kultuurilooline_kollektsioon, lk 18
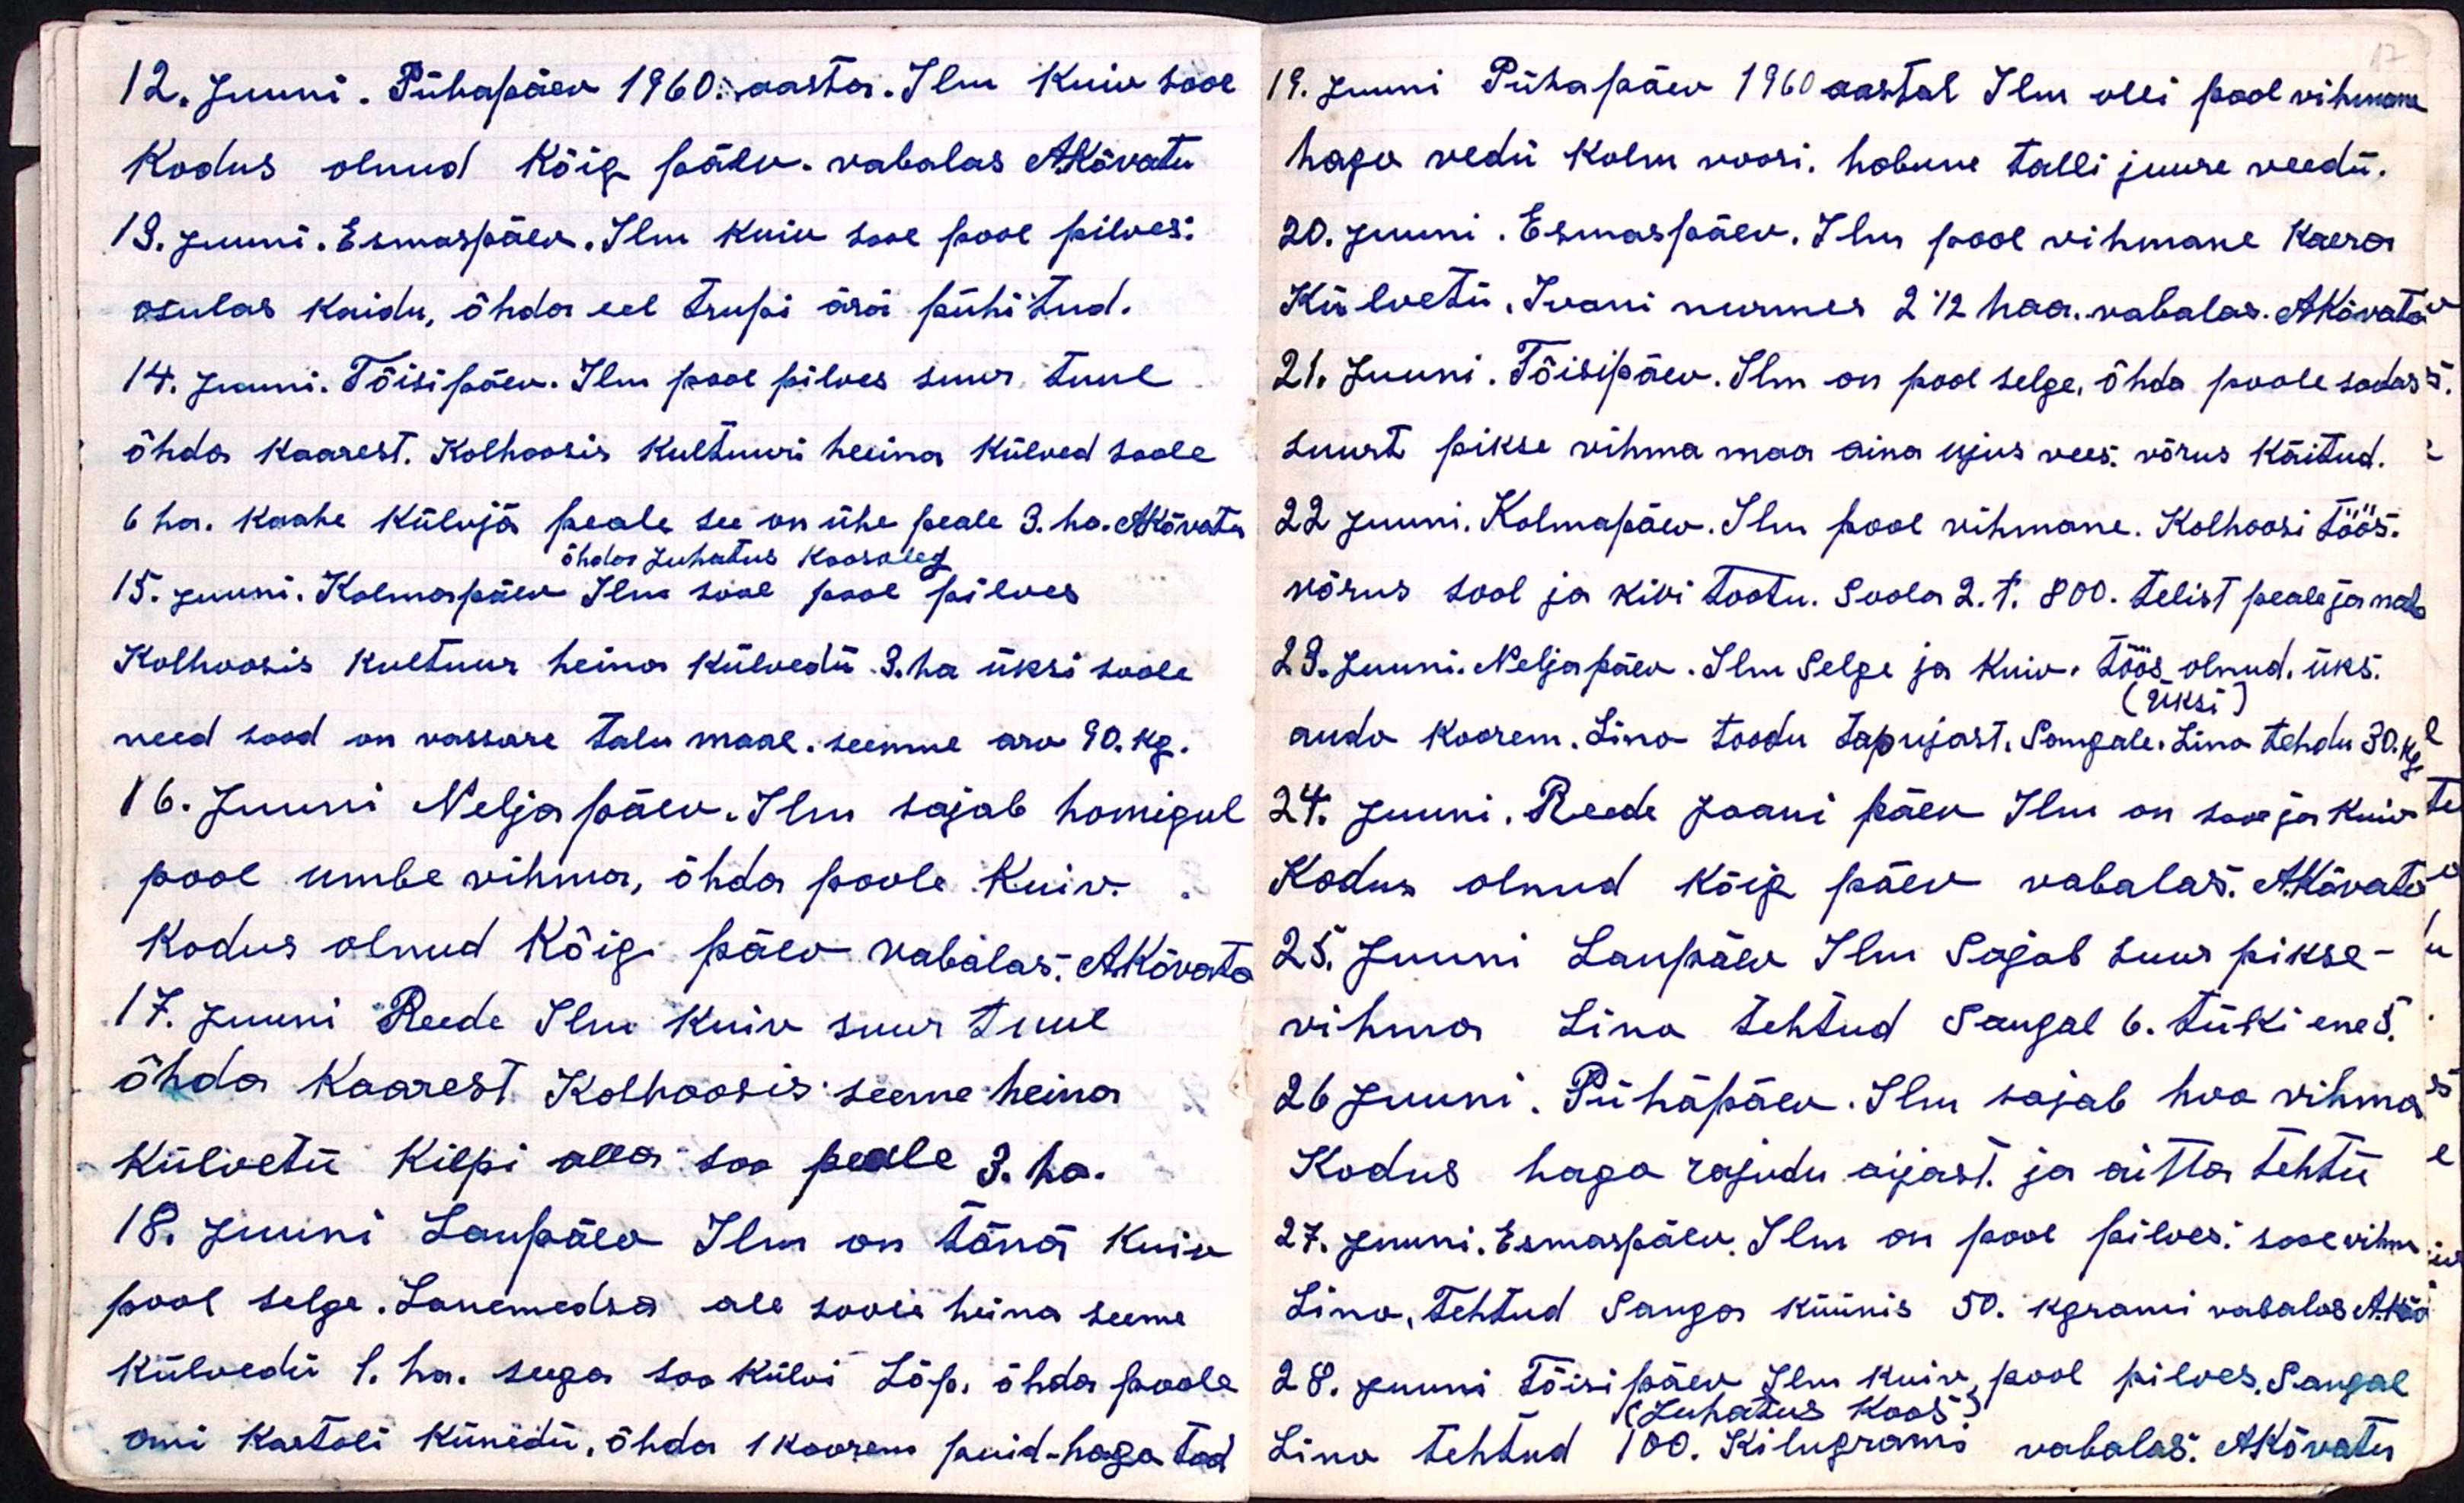
12. Juuni. Pühapäev 1960. aasta. Ilm Kuiv sooe
Kodus olnud kõig päev. vabalas AKõvatu
13. juuni. Esmaspäev. Ilm kuiv sooe pool pilves.
osulas kaidu, õhda eel trupi ärä pühitud.
14. Juuni. Tõisipäev. Ilus pool pilves suur tuul
õhda kaarest. Kolhoosis Kultuuri heina külved soole
6 ha. kaahe külvjä peale see on ühe peale 3. ha. AKõvatu
õhda juhatus koosoleg
15. Juuni. Kolmapäev Ilm sooe pool pilves
Kolhoosis kultuur heina külvedü 3. ha üksi soole
need sood on vassare talu maal. seemne arv 90. kg.
16. Juuni Neljapäev. Ilm sajab homigul
pool umbe vihma, õhda poole Kuiv.
kodus olnud kõig päev vabalas. AKõvato
17. Juuni Reede Ilm Kuiv suur tuul
õhda Kaarest Kolhoosis seeme heina
külvetü Kilpi alla soo peale 3. ha.
18. Juuni Laupäev Ilm on täna kuiv
pool selge. Lanemedsa all soole heina seeme
külvedü 1. ha. seega soo külvi Lõp. õhda poole
omi kartoli künedü, õhda 1 koorem puid-hago tod

17
19. Juuni Pühapäev 1960 aastal Ilm olli pool vihmane
hago vedü kolm voori, hobune talli juure veedü.
20. Juuni. Esmaspäev. Ilm pool vihmane Kaera
Külvetü. Ivani nurmes 2 1/2 haa. vabalas. AKõvato
21. Juuni. Tõisipäev. Ilm on pool selge, õhda poole sadas
suurt pikse vihma maa aina ujus vees: võrus käitud.
22 Juuni. Kolmapäev. Ilm pool vihmane. Kolhoosi töös.
võrus sool ja kivi tootu. Soola 2. t. 800. tellist peale ja maha
23. Juuni. Neljapäev. Ilm selge ja Kuiw töös olnud. üks.
(üksi)
audo koorem. Lino toodu Tapujast. Sangale, Lino tehdu 30. kg.
24. Juuni. Reede Jaani päev Ilm on sooe ja kuiv
Kodus olnud kõik päev vabalas. A.Kõvato
25. Juuni Laupäev Ilm Sajab Suur pikse-
vihma. Lina tehtud Sangal 6. tüki ene 5.
26 Juuni. Pühapäev. Ilm sajab hoo vihma
Kodus hago rajudu aijast. ja aitta tehtu
27. Juuni. Esmaspäev. Ilm on pool pilves, sooe vihm
Lino tehtud Sanga küünis 50. kgrami vabalas A.Kõv
28. Juuni Tõisipäev. Ilm kuiv, pool pilves, Sangal
(Juhatus Koos)
Lino tehtud 100. Kilugrami vabalas. A.Kõvatu